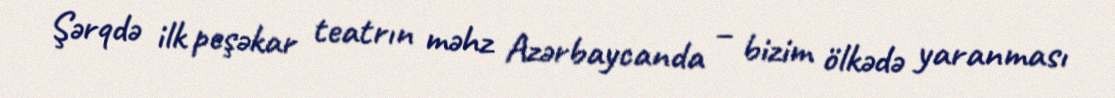
Şərqdə ilk peşəkar teatrın məhz Azərbaycanda – bizim ölkədə yaranması